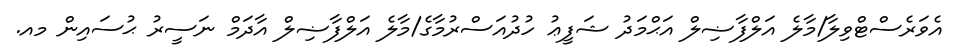
އެވަރެސްޓްވިލާ/މާލެ އަލްފާޟިލް އަޙްމަދު ޝަފީޢު ހުދުއަސްރުމާގެ/މާލެ އަލްފާޟިލް އާދަމް ނަސީރު ޙުސައިން މއ.